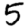
Digit: 5